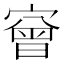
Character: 𡪠